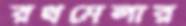
রথমেলার